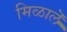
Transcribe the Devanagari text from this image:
मिळालॆ